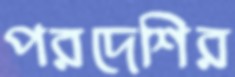
পরদেশির